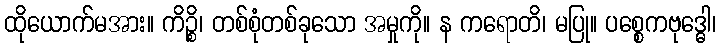
ထိုယောက်မအား။ ကိဉ္စိ၊ တစ်စုံတစ်ခုသော အမှုကို။ န ကရောတိ၊ မပြု။ ပစ္စေကဗုဒ္ဓေါ၊